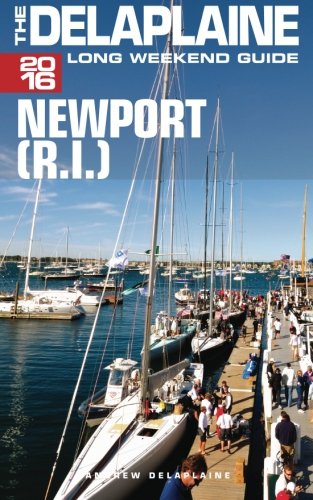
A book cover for NEWPORT (R.I.) - The Delaplaine 2016 Long Weekend Guide (Long Weekend Guides); Andrew Delaplaine; Travel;